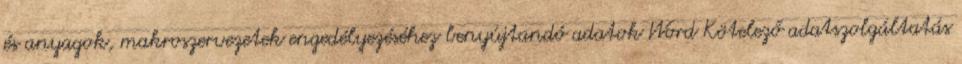
és anyagok, makroszervezetek engedélyezéséhez benyújtandó adatok Word Kötelező adatszolgáltatás